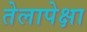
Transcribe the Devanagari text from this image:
तेलापेक्षा